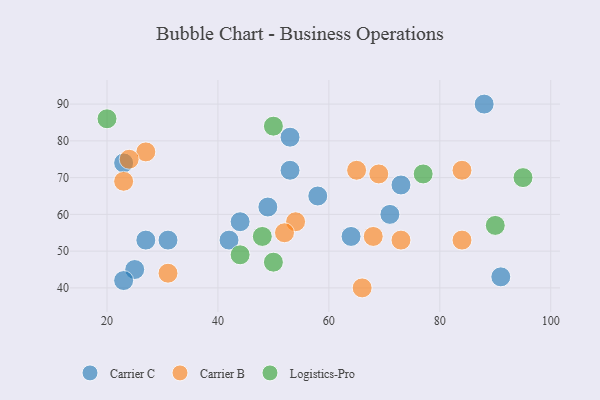
{"axis": {"x": "GDP", "y": "Life Expectancy"}, "legend": ["Carrier B", "Carrier C", "Logistics-Pro"], "data": [{"x": "23", "y": 74, "type": "Carrier C"}, {"x": "88", "y": 90, "type": "Carrier C"}, {"x": "58", "y": 65, "type": "Carrier C"}, {"x": "73", "y": 68, "type": "Carrier C"}, {"x": "91", "y": 43, "type": "Carrier C"}, {"x": "49", "y": 62, "type": "Carrier C"}, {"x": "64", "y": 54, "type": "Carrier C"}, {"x": "42", "y": 53, "type": "Carrier C"}, {"x": "25", "y": 45, "type": "Carrier C"}, {"x": "44", "y": 58, "type": "Carrier C"}, {"x": "23", "y": 42, "type": "Carrier C"}, {"x": "31", "y": 53, "type": "Carrier C"}, {"x": "71", "y": 60, "type": "Carrier C"}, {"x": "53", "y": 81, "type": "Carrier C"}, {"x": "53", "y": 72, "type": "Carrier C"}, {"x": "27", "y": 53, "type": "Carrier C"}, {"x": "65", "y": 72, "type": "Carrier B"}, {"x": "54", "y": 58, "type": "Carrier B"}, {"x": "27", "y": 77, "type": "Carrier B"}, {"x": "73", "y": 53, "type": "Carrier B"}, {"x": "84", "y": 72, "type": "Carrier B"}, {"x": "31", "y": 44, "type": "Carrier B"}, {"x": "66", "y": 40, "type": "Carrier B"}, {"x": "84", "y": 53, "type": "Carrier B"}, {"x": "52", "y": 55, "type": "Carrier B"}, {"x": "68", "y": 54, "type": "Carrier B"}, {"x": "24", "y": 75, "type": "Carrier B"}, {"x": "23", "y": 69, "type": "Carrier B"}, {"x": "69", "y": 71, "type": "Carrier B"}, {"x": "50", "y": 84, "type": "Logistics-Pro"}, {"x": "90", "y": 57, "type": "Logistics-Pro"}, {"x": "20", "y": 86, "type": "Logistics-Pro"}, {"x": "95", "y": 70, "type": "Logistics-Pro"}, {"x": "44", "y": 49, "type": "Logistics-Pro"}, {"x": "77", "y": 71, "type": "Logistics-Pro"}, {"x": "50", "y": 47, "type": "Logistics-Pro"}, {"x": "48", "y": 54, "type": "Logistics-Pro"}]}